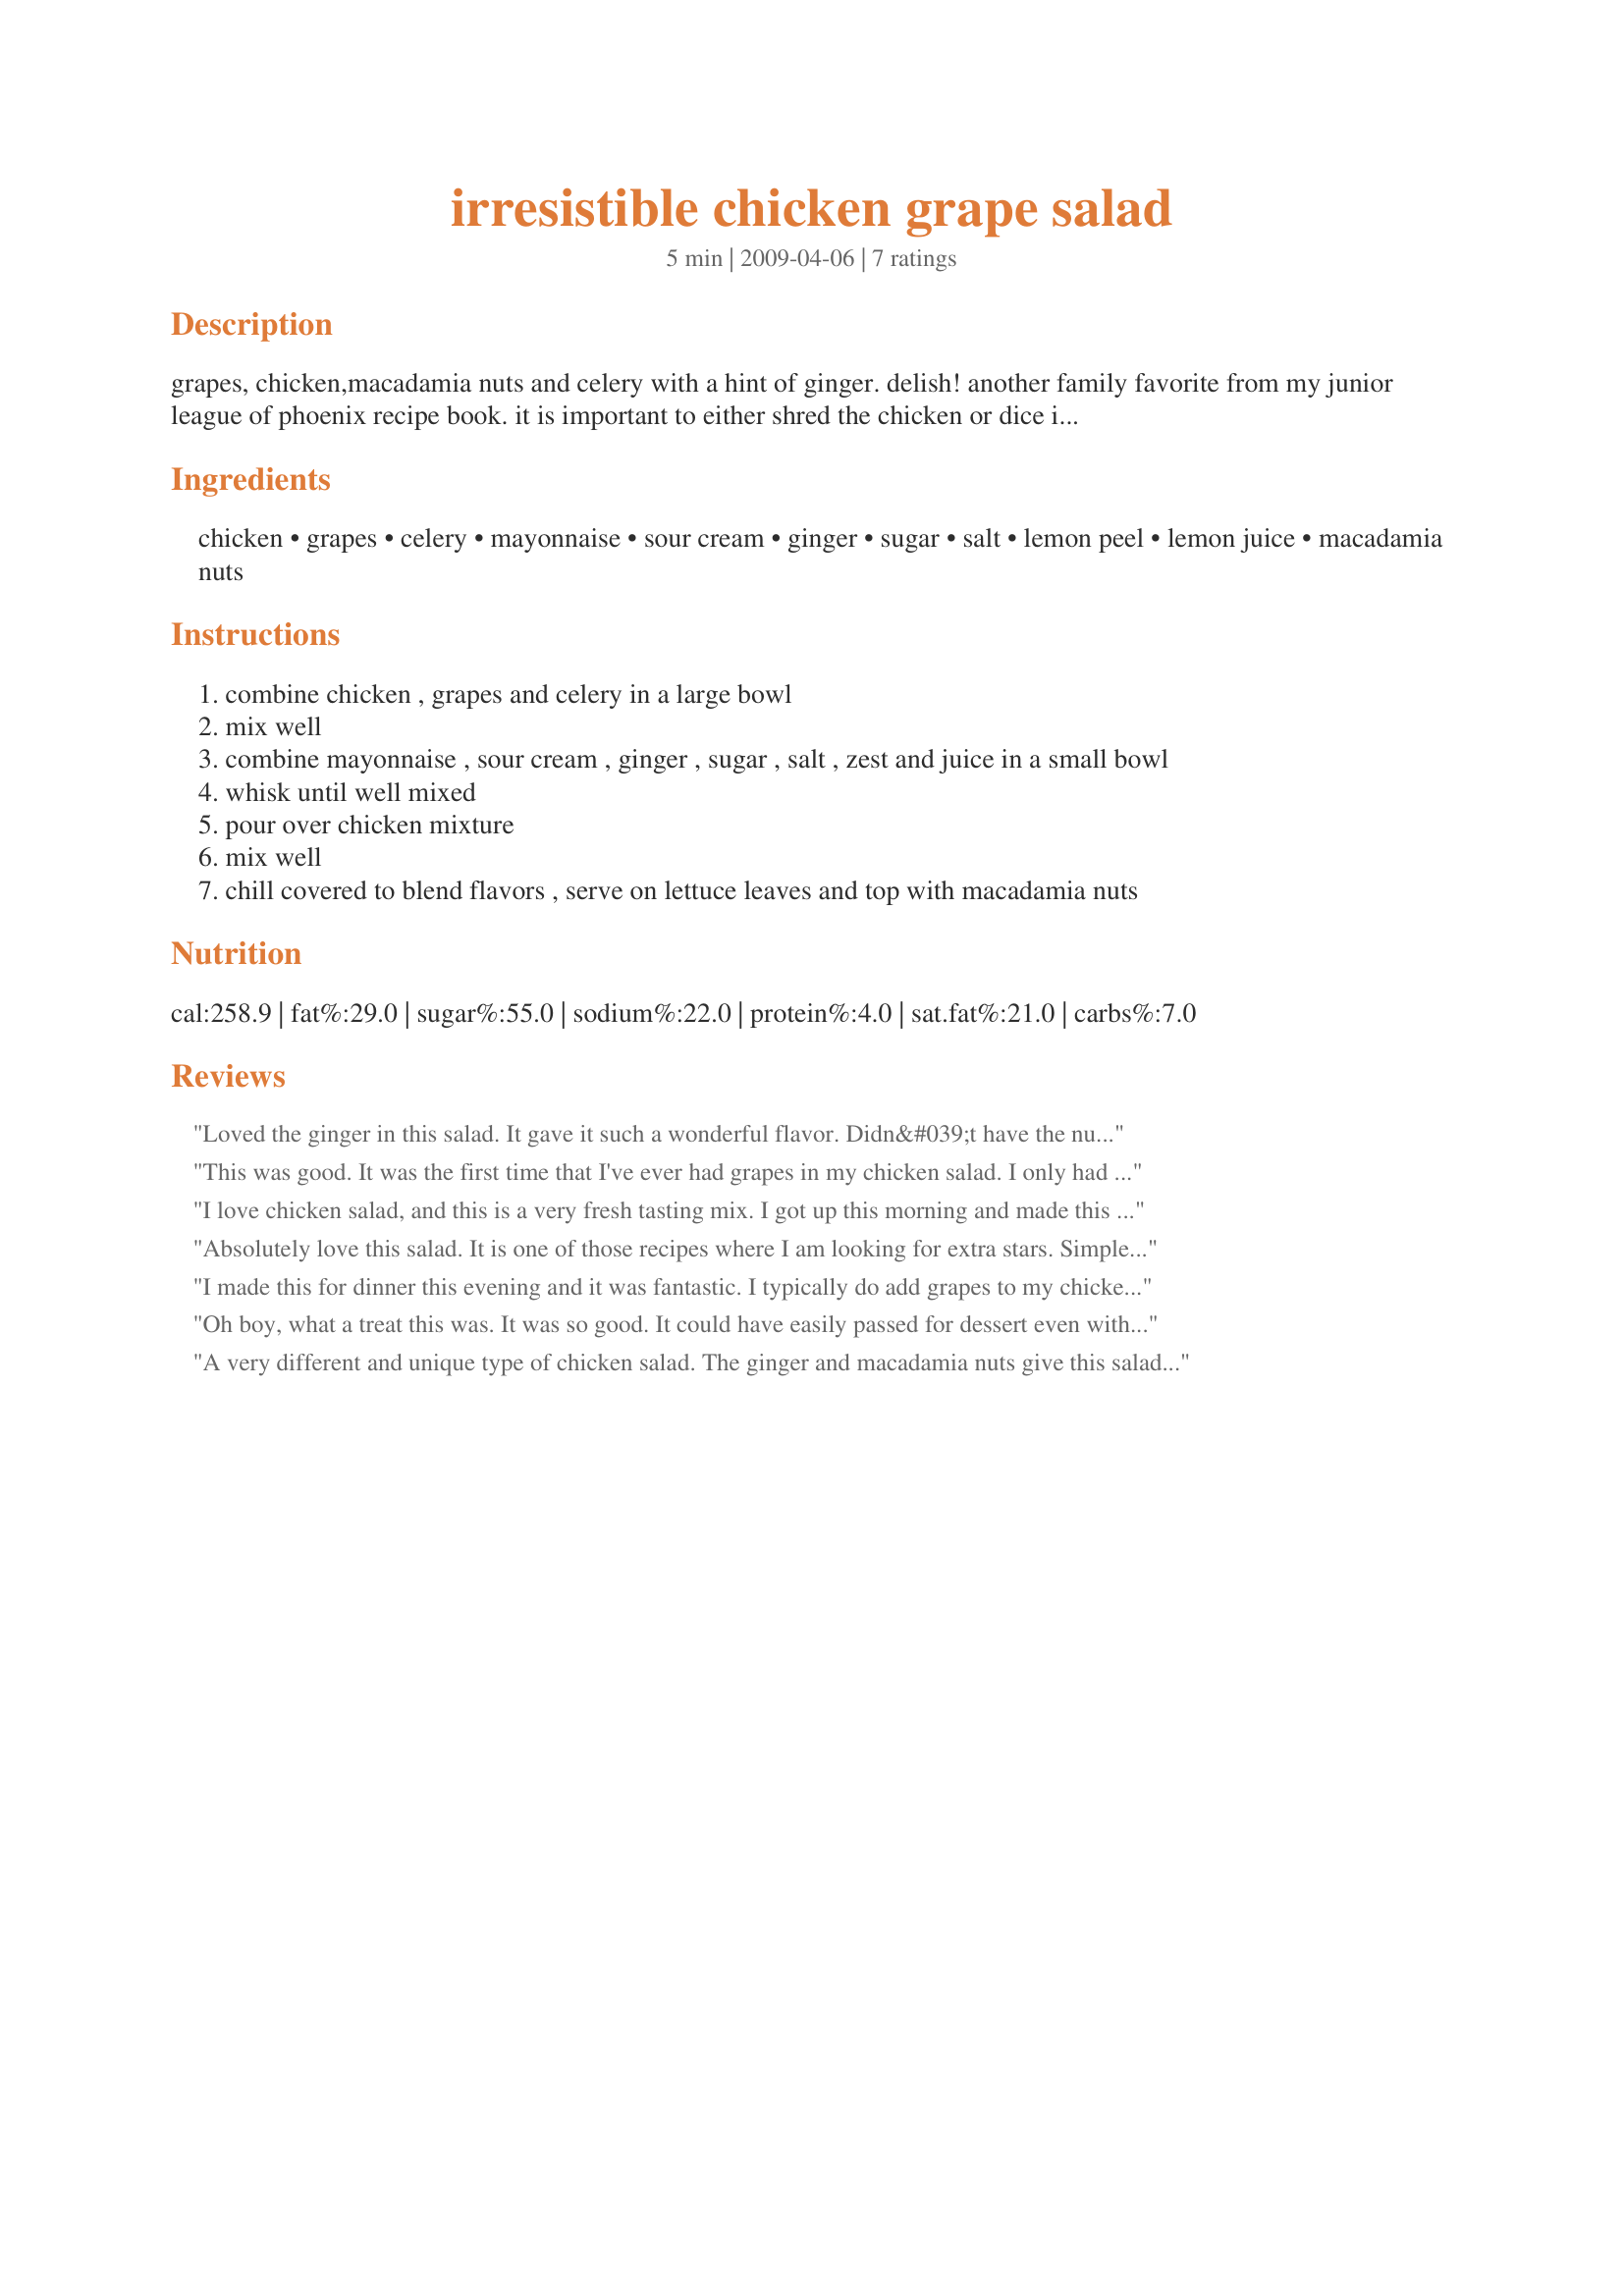
irresistible chicken grape salad
Preparation time: 5 minutes

grapes, chicken,macadamia nuts and celery with a hint of ginger. delish! another family favorite from my junior league of phoenix recipe book. it is important to either shred the chicken or dice in very small pieces. made this one time with large pieces of chicken and it overpowered the rest of the ingredients

Ingredients:
chicken, grapes, celery, mayonnaise, sour cream, ginger, sugar, salt, lemon peel, lemon juice, macadamia nuts

Steps:
combine chicken , grapes and celery in a large bowl
mix well
combine mayonnaise , sour cream , ginger , sugar , salt , zest and juice in a small bowl
whisk until well mixed
pour over chicken mixture
mix well
chill covered to blend flavors , serve on lettuce leaves and top with macadamia nuts

Reviews:
Loved the ginger in this salad. It gave it such a wonderful flavor. Didn&#039;t have the nuts but still great.
This was good. It was the first time that I've ever had grapes in my chicken salad. I only had the black seedless grapes, but I think it would have been better with red or green grapes. I did cut it down to 2 servings as I knew that my DD & DH wouldn't eat it. Will try again with different grapes. Thanks for posting this. Made for Everyday is a Holiday Tag.
I love chicken salad, and this is a very fresh tasting mix. I got up this morning and made this for my lunch at work, and it was a wonderful lunch. The ginger added a special touch. Made for Zaar 123 Hits tag.
Absolutely love this salad. It is one of those recipes where I am looking for extra stars. Simple but so good. So many flavours and textures that come together perfectly. I didn't have any sour cream and didn't feel like I was missing anything. I think the lemon really brings this to life. I will be making this one again and again. Thanks for sharing your recipe. Made for ZWT Hell's Kitchen Angels.
**Picked as one of my top 2 for ZWT5!
I made this for dinner this evening and it was fantastic. I typically do add grapes to my chicken salad, sometimes pineapple and almonds too. However, I have never added lemon zest, juice, or ginger. Those additions add such a bright, new flavor to the dish that I am sure we will return to this one. I subbed Splenda for the sugar, worked fine. Thanks for sharing your version with us! Made and enjoyed during ZWT 5 for the Genies of Gourmet.
Oh boy, what a treat this was. It was so good. It could have easily passed for dessert even with the chicken in it. I omitted the nayonnaise as I didn't have any and never even missed it. I also used candied ginger as I was out of fresh. This is a salad that I will make often. The red seedless grapes and celery give it a nice crunch. We enjoyed the flavors and textures in this dish very much. Kudos on a great recipe that I will make again. :)
A very different and unique type of chicken salad. 
The ginger and macadamia nuts give this salad a one of a kind flavor. Made as directed, although thinking may add a little red onion next time. Thanks for the post.
